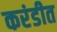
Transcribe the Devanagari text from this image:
करंडीत